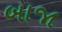
બાજા